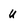
Character: U